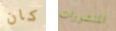
كان المنشورات